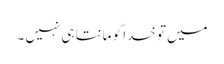
میں تو خدا کو مانتا ہی نہیں ۔